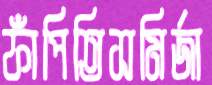
ফাঁপিতিসমির্জা